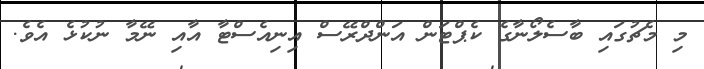
މި މެޗުގައި ބާސެލޯނާގެ ކެޕްޓަން އަންދްރޭސް އިނިއެސްޓާ އާއި ނޭމާ ނުކުޅެ އެވެ.